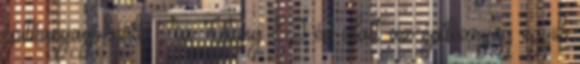
építőanyagoknak. Az Ytong 80 év alatt az építőanyag egyik